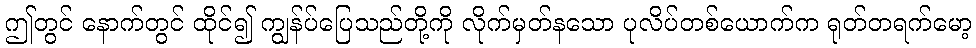
ဤတွင် နောက်တွင် ထိုင်၍ ကျွန်ပ်ပြေသည်တို့ကို လိုက်မှတ်နသော ပုလိပ်တစ်ယောက်က ရုတ်တရက်မော့